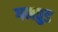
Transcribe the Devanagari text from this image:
गमवुड